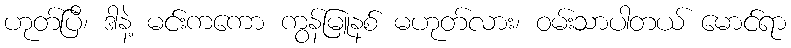
ဟုတ်ပြီ၊ ဒါနဲ့ မင်းကကော ကွန်မြူနစ် မဟုတ်လား၊ ဝမ်းသာပါတယ် မောင်ရာ